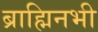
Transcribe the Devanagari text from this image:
ब्राह्मिनभी